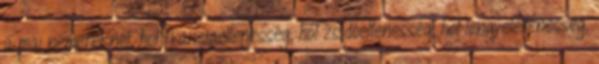
a mai németeknél, hol franciaellenesség, hol zsidóellenesség, hol lengyelellenesség,